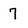
Character: 7